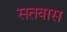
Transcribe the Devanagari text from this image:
सतवास